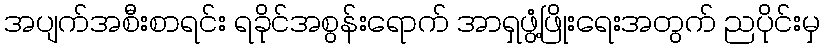
အပျက်အစီးစာရင်း ရခိုင်အစွန်းရောက် အာရှဖွံ့ဖြိုးရေးအတွက် ညပိုင်းမှ